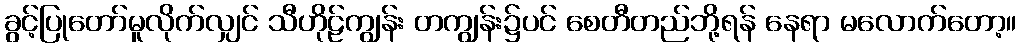
ခွင့်ပြုတော်မူလိုက်လျှင် သီဟိုဠ်ကျွန်း တကျွန်း၌ပင် စေတီတည်ဘို့ရန် နေရာ မလောက်တော့။